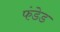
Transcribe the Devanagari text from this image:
फंडेड